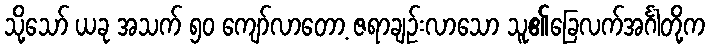
သို့သော် ယခု အသက် ၅၀ ကျော်လာတော့ ဇရာချဉ်းလာသော သူ၏ခြေလက်အင်္ဂါတို့က